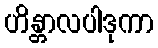
ဟိန္တာလပါဒုကာ